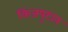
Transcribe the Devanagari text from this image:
किंजपुटात